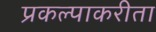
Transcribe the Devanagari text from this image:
प्रकल्पाकरीता